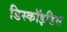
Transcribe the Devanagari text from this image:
डिस्कॉइडिस